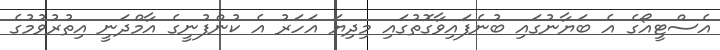
އެސްޓީއޯގެ އެ ބަޔާނުގައި ބުނެފައިވާގޮތުގައި މިދިޔަ އަހަރު އެ ކުންފުނީގެ އާމްދަނީ އިތުރުވުމުގެ